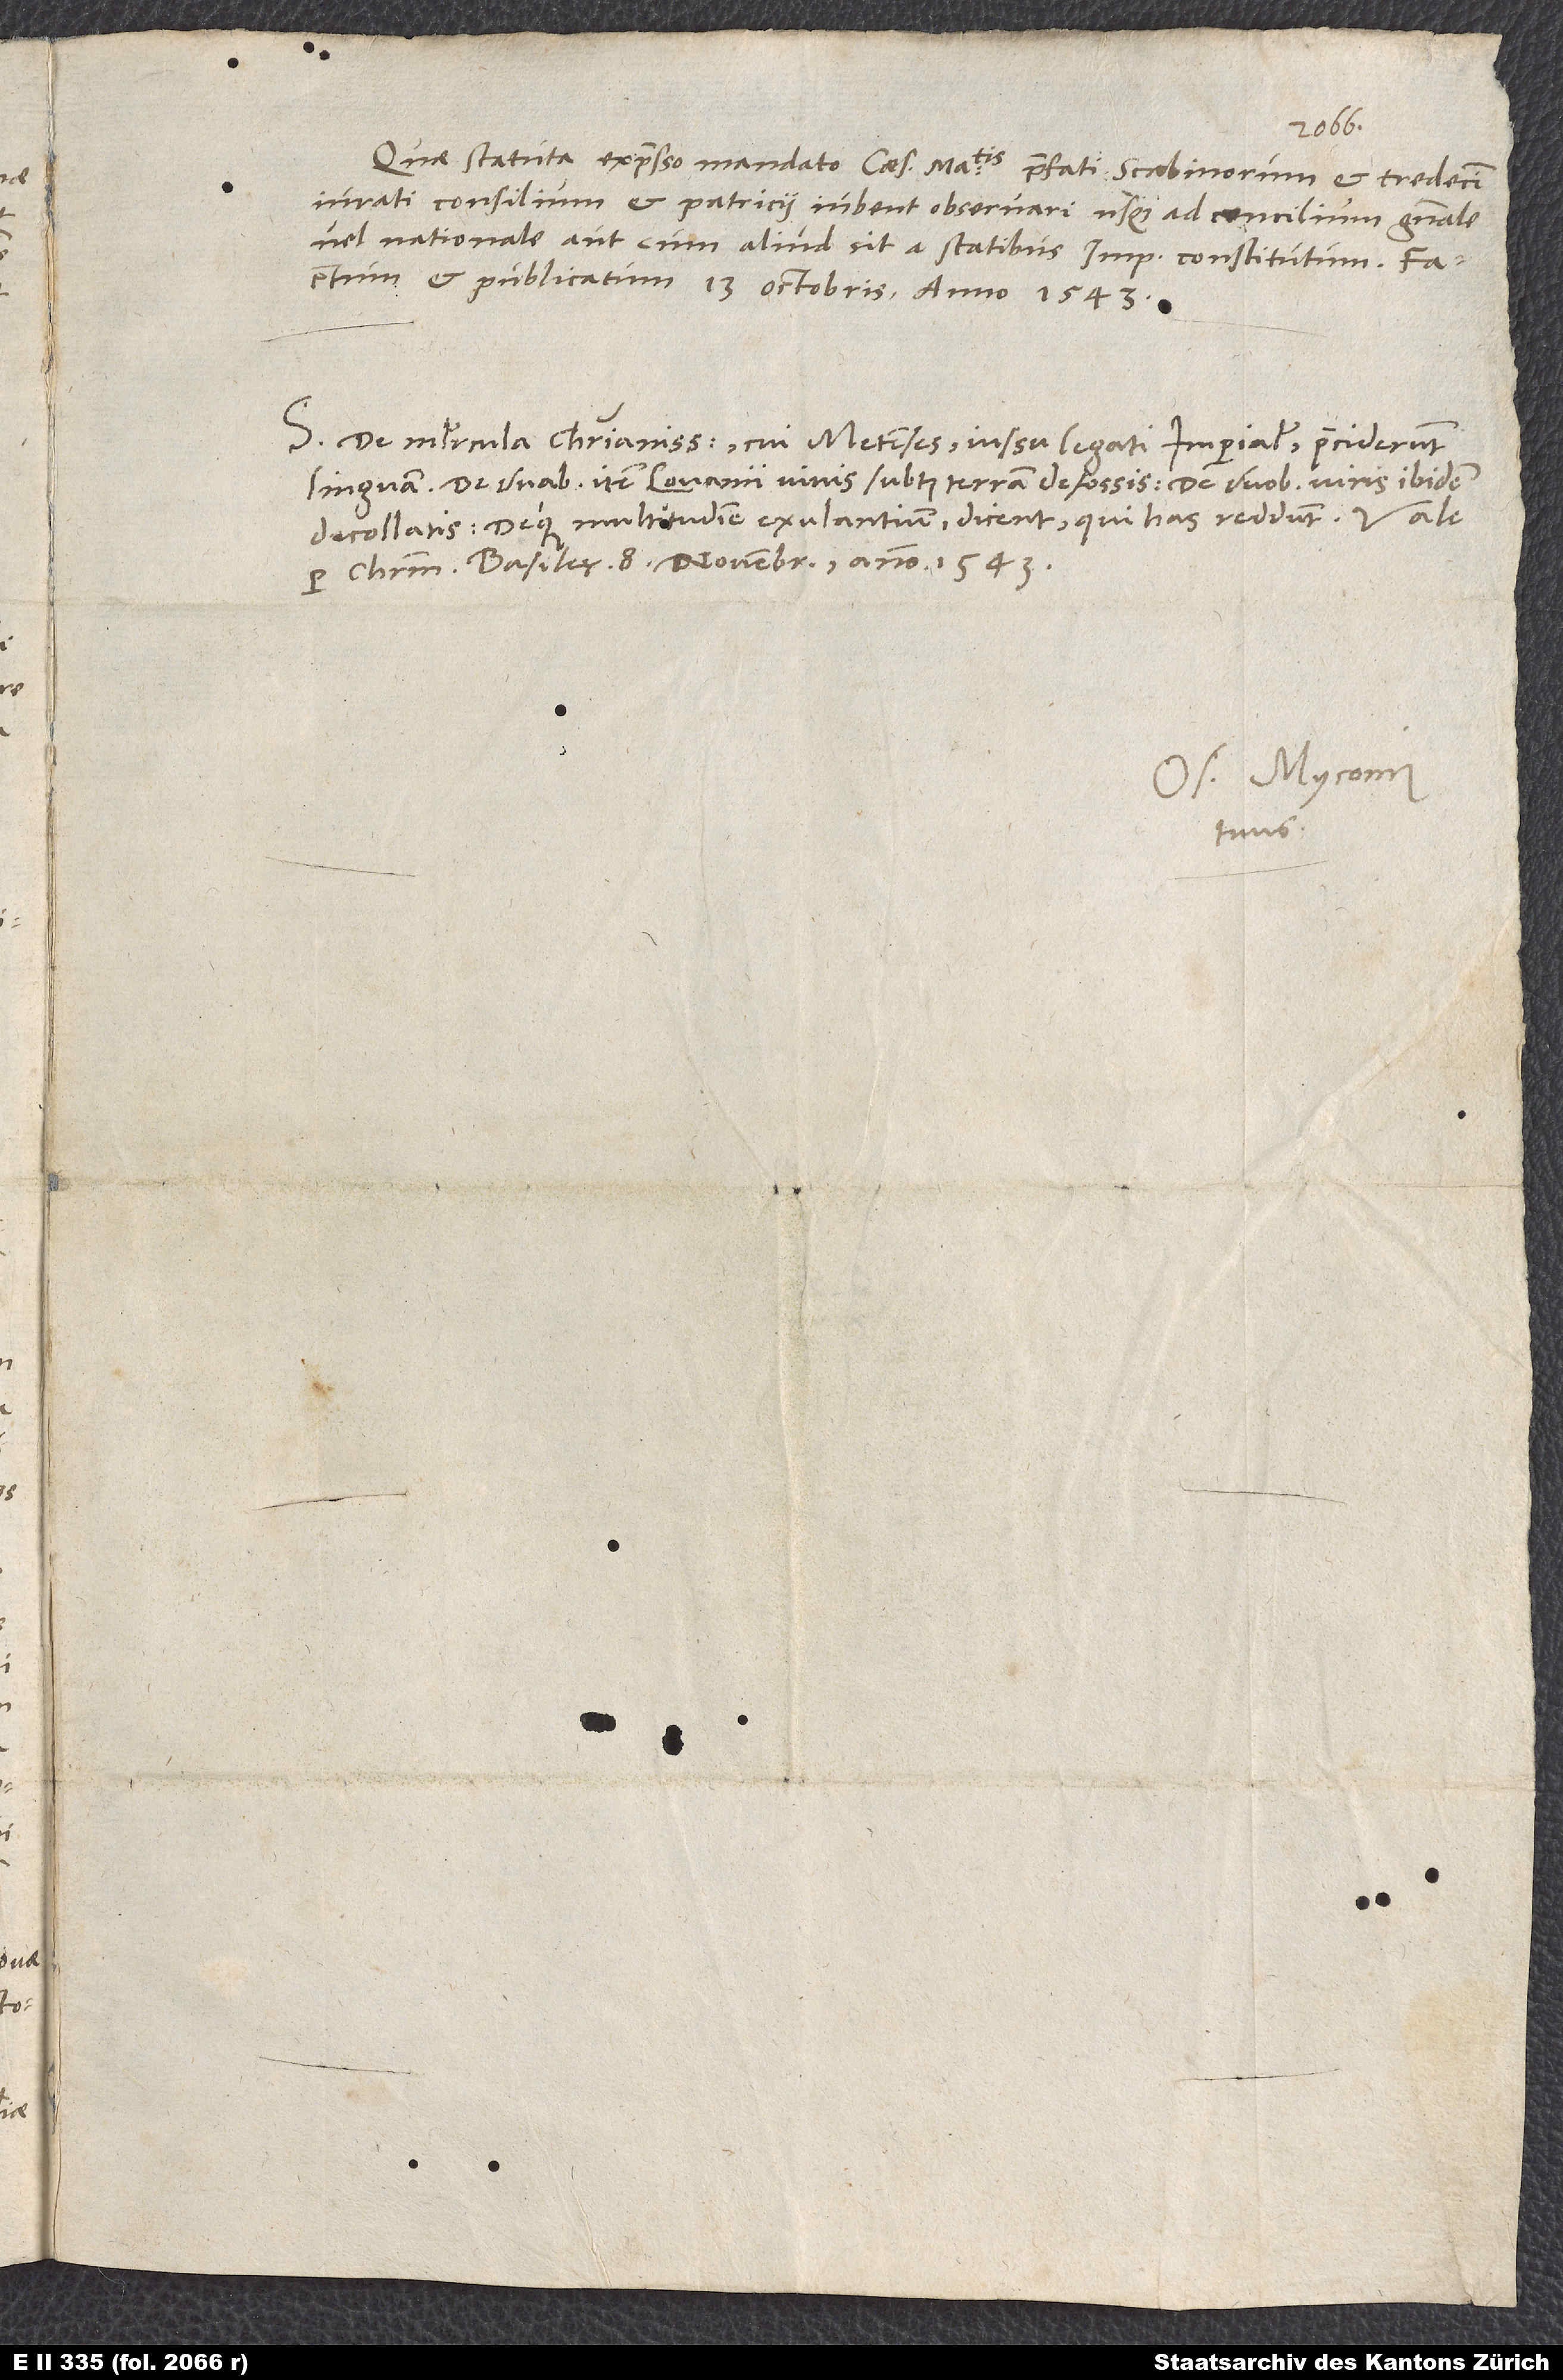
S. De muliercula christianissima, cui Metenses iussu legati imperialis praeciderunt
linguam, de duabus item Lovanii vivis subtus terram defossis, de duobus viris ibidem
decollatis deque multitudine exulantium dicent, qui has reddunt.
Os. Myconius
tuus.